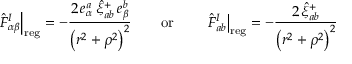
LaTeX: \left. \hat { F } _ { \alpha \beta } ^ { I } \right| _ { \mathrm { r e g } } = - \frac { 2 \, e _ { \alpha } ^ { a } \, \hat { \xi } _ { a b } ^ { + } \, e _ { \beta } ^ { b } } { \left( r ^ { 2 } + \rho ^ { 2 } \right) ^ { 2 } } \qquad \mathrm { o r } \qquad \left. \hat { F } _ { a b } ^ { I } \right| _ { \mathrm { r e g } } = - \frac { 2 \, \hat { \xi } _ { a b } ^ { + } } { \left( r ^ { 2 } + \rho ^ { 2 } \right) ^ { 2 } }